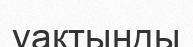
уақтынды